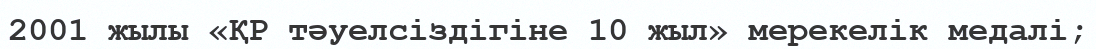
2001 жылы «ҚР тәуелсіздігіне 10 жыл» мерекелік медалі;